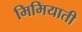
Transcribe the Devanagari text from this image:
मिमियाती